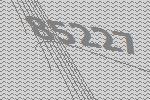
85227